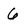
Character: 6